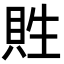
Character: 貹